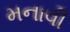
મનાવી